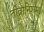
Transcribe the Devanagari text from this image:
तीव्रानिशम्।